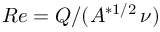
R e = Q / ( A ^ { * 1 / 2 } \, \nu )